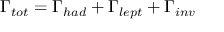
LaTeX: \Gamma _ { t o t } = \Gamma _ { h a d } + \Gamma _ { l e p t } + \Gamma _ { i n v }